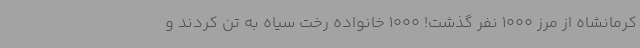
کرمانشاه از مرز 1000 نفر گذشت! 1000 خانواده رخت سیاه به تن کردند و